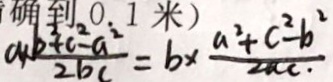
a \times \frac { b ^ { 2 } + c ^ { 2 } - a ^ { 2 } } { 2 b c } = b \times \frac { a ^ { 2 } + c ^ { 2 } - b ^ { 2 } } { 2 a c . }